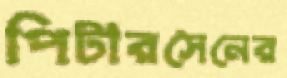
পিটারসেনের